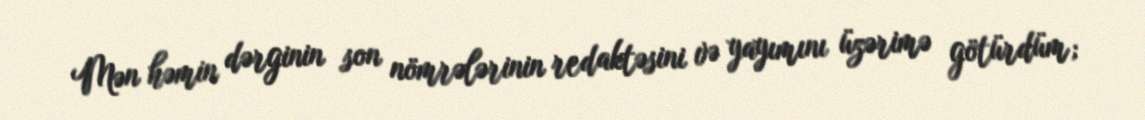
Mən həmin dərginin son nömrələrinin redaktəsini və yayımını üzərimə götürdüm;